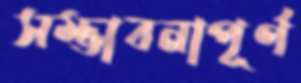
সম্ভাবনাপূর্ণ